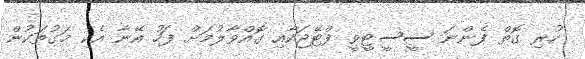
ހުރި ގޮތް ފެންނަ ސީސީޓީވީ ފްޓޭޖަކާއި ގޮއްވާލުމަށް ފަހު އޭނާ އެކި މަގުތަކުން